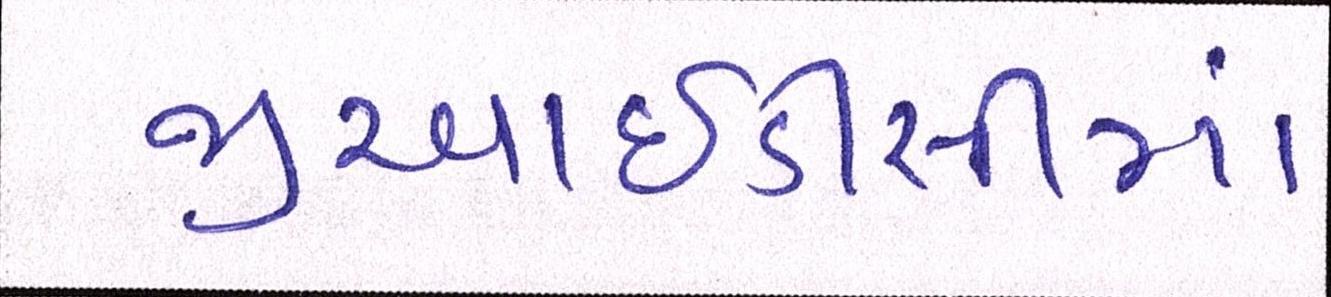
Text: જીઆઇડીસીમાં